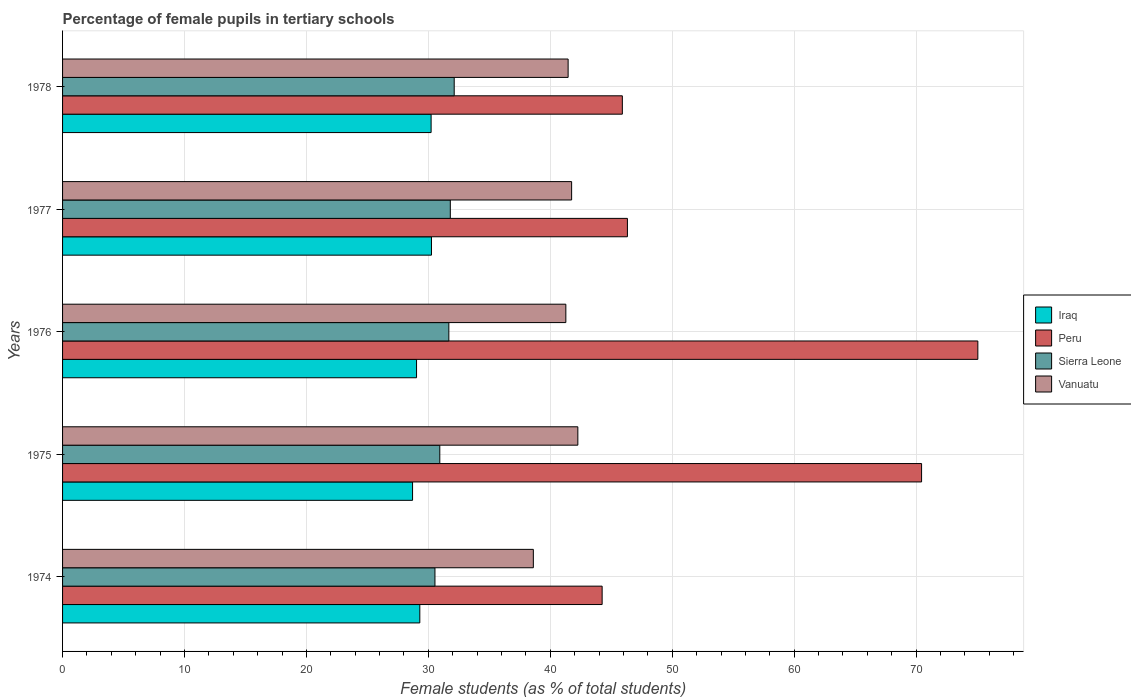
| Years | Iraq | Peru | Sierra Leone | Vanuatu |
 | --- | --- | --- | --- | --- |
 | 1974 | 29.3 | 44.3 | 30.5 | 38.6 |
 | 1975 | 28.7 | 70.4 | 30.9 | 42.3 |
 | 1976 | 29 | 75.1 | 31.7 | 41.3 |
 | 1977 | 30.3 | 46.3 | 31.8 | 41.7 |
 | 1978 | 30.2 | 45.9 | 32.1 | 41.5 |